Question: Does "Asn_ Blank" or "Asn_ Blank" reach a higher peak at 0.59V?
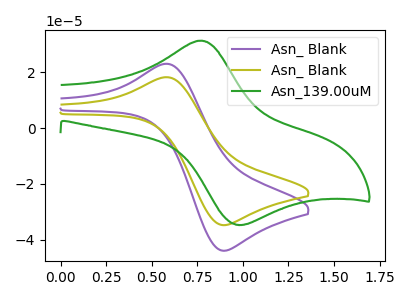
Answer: <think>The purple curve "Asn_ Blank" has an anodic peak at (0.60V, 22.90uA) and a cathodic peak at (0.90V, -43.90uA). The olive curve "Asn_ Blank" has an anodic peak at (0.60V, 18.10uA) and a cathodic peak at (0.90V, -34.75uA). The green curve "Asn_139.00uM" has an anodic peak at (0.75V, 31.25uA) and a cathodic peak at (0.95V, -34.60uA).</think>
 <answer>The peak at 0.59V is lower in "Asn_ Blank" than in "Asn_ Blank".</answer>
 <eval>lower</eval>